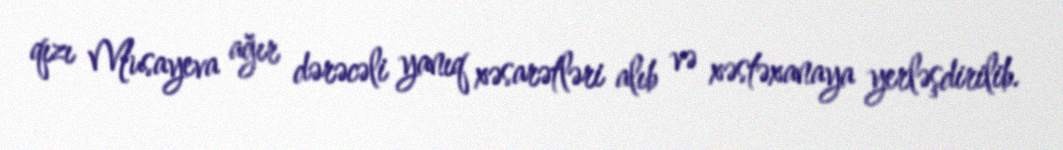
qızı Musayeva ağır dərəcəli yanıq xəsarətləri alıb və xəstəxanaya yerləşdirilib.